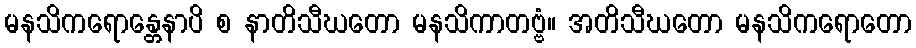
မနသိကရောန္တေနာပိ စ နာတိသီဃတော မနသိကာတဗ္ဗံ။ အတိသီဃတော မနသိကရောတော